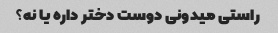
راستی میدونی دوست دختر داره یا نه؟